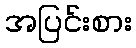
အပြင်းစား